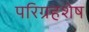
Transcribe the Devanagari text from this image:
परिग्रहशेष